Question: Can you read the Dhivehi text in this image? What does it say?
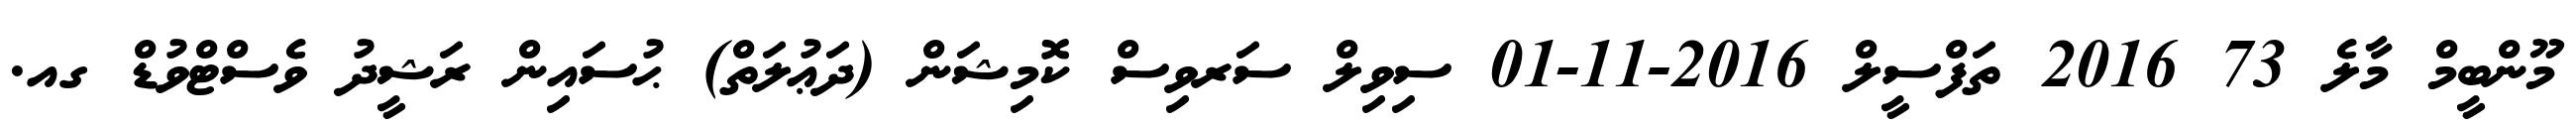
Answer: މޫންބީމް މާލެ 73 2016 ތަފްސީލް 2016-11-01 ސިވިލް ސަރވިސް ކޮމިޝަން (ދަޢުލަތް) ޙުސައިން ރަޝީދު ވެސްޓްވުޑް ގއ.